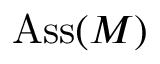
\mathrm { A s s } ( M )